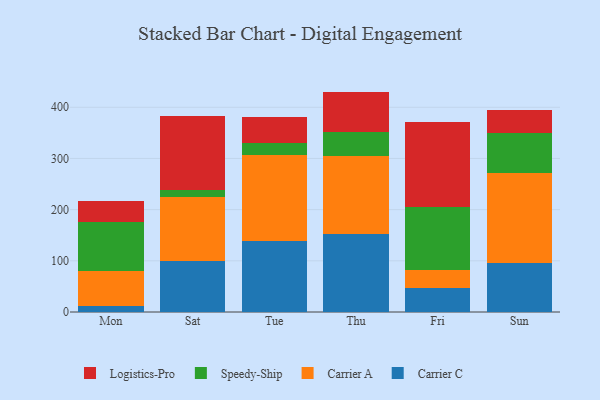
{"axis": {"x": "Day", "y": "Budget (USD K)"}, "legend": ["Carrier A", "Carrier C", "Logistics-Pro", "Speedy-Ship"], "data": [{"x": "Mon", "y": 11.3, "type": "Carrier C"}, {"x": "Mon", "y": 68.5, "type": "Carrier A"}, {"x": "Mon", "y": 96.3, "type": "Speedy-Ship"}, {"x": "Mon", "y": 41.4, "type": "Logistics-Pro"}, {"x": "Sat", "y": 98.9, "type": "Carrier C"}, {"x": "Sat", "y": 125.0, "type": "Carrier A"}, {"x": "Sat", "y": 15.0, "type": "Speedy-Ship"}, {"x": "Sat", "y": 144.5, "type": "Logistics-Pro"}, {"x": "Tue", "y": 138.3, "type": "Carrier C"}, {"x": "Tue", "y": 169.2, "type": "Carrier A"}, {"x": "Tue", "y": 21.9, "type": "Speedy-Ship"}, {"x": "Tue", "y": 50.9, "type": "Logistics-Pro"}, {"x": "Thu", "y": 152.7, "type": "Carrier C"}, {"x": "Thu", "y": 152.3, "type": "Carrier A"}, {"x": "Thu", "y": 46.1, "type": "Speedy-Ship"}, {"x": "Thu", "y": 79.5, "type": "Logistics-Pro"}, {"x": "Fri", "y": 47.2, "type": "Carrier C"}, {"x": "Fri", "y": 34.1, "type": "Carrier A"}, {"x": "Fri", "y": 123.9, "type": "Speedy-Ship"}, {"x": "Fri", "y": 166.7, "type": "Logistics-Pro"}, {"x": "Sun", "y": 95.5, "type": "Carrier C"}, {"x": "Sun", "y": 176.0, "type": "Carrier A"}, {"x": "Sun", "y": 77.7, "type": "Speedy-Ship"}, {"x": "Sun", "y": 45.2, "type": "Logistics-Pro"}]}